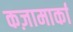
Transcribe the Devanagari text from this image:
कज़ामार्का